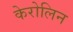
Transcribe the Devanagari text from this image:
केरोलिन